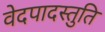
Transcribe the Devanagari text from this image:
वेदपादस्तुति